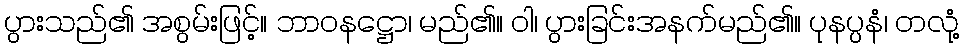
ပွားသည်၏ အစွမ်းဖြင့်။ ဘာဝနဋ္ဌော၊ မည်၏။ ဝါ၊ ပွားခြင်းအနက်မည်၏။ ပုနပ္ပနံ၊ တလုံ့